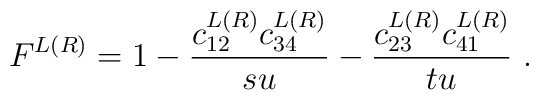
F^{L(R)}=1-{c_{12}^{L(R)}c_{34}^{L(R)}\over su}-{c_{23}^{L(R)}c_{41}^{L(R)}\over tu} \ .